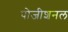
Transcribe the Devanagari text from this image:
पोजीशनल